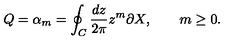
Q = \alpha _ { m } = \oint _ { C } \frac { d z } { 2 \pi } z ^ { m } \partial X , \qquad m \geq 0 .